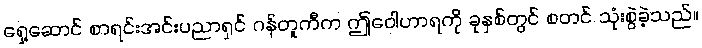
ရှေ့ဆောင် စာရင်းအင်းပညာရှင် ဂန်တူကီက ဤဝေါဟာရကို ခုနှစ်တွင် စတင် သုံးစွဲခဲ့သည်။